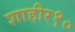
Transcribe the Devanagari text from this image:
शाहीर१०